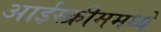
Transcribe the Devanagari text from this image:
आईस्क्रीममध्ये